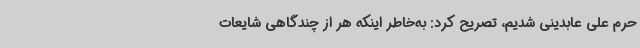
حرم علی عابدینی شدیم، تصریح کرد: به‌خاطر اینکه هر از چندگاهی شایعات